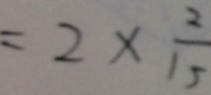
= 2 \times \frac { 2 } { 1 5 }